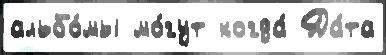
альбо́мы мо́гут когда́ Да́та